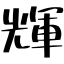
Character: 輝